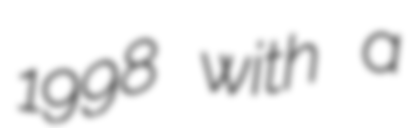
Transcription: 1998 with a